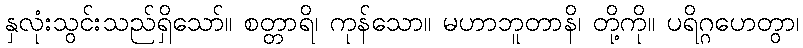
နှလုံးသွင်းသည်ရှိသော်။ စတ္တာရိ၊ ကုန်သော။ မဟာဘူတာနိ၊ တို့ကို။ ပရိဂ္ဂဟေတွာ၊